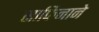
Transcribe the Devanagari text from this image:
साफिनाने